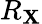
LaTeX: R_{\mathbf{X}}